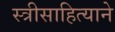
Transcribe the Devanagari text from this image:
स्त्रीसाहित्याने